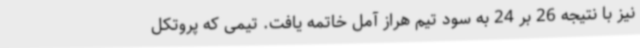
نیز با نتیجه 26 بر 24 به سود تیم هراز آمل خاتمه یافت. تیمی که پروتکل